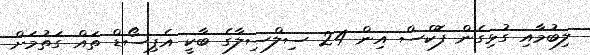
ލިބުމާއި ގުޅިގެން ފޮކްސް އިން 24 ސިލްސިލާގެ ބާކީ އެޕިސޯޑް ތައް ގަތުމަށް